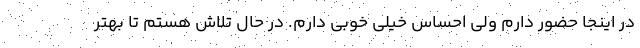
در اینجا حضور دارم ولی احساس خیلی خوبی دارم. در حال تلاش هستم تا بهتر